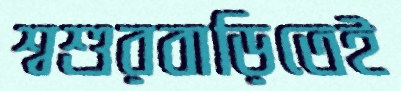
শ্বশুরবাড়িতেই